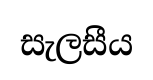
සැලසීය